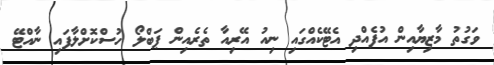
ވަގުތު މާޒިޔާއިން އުފެއްދި އެޓޭކެއްގައި ނިއު އޭރިއާ ތެރެއިން ޕަބްލޯ ހުސްކޮށްލާފައި ނާއްޓޭ